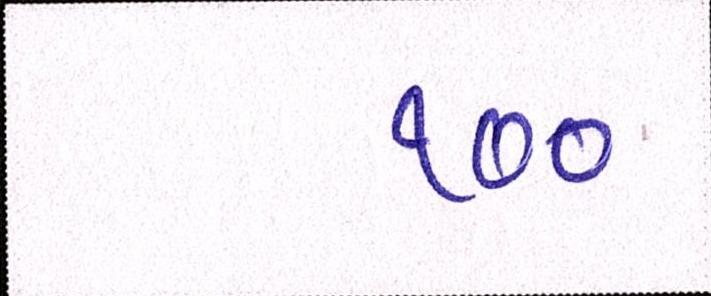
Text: ૧૦૦